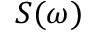
S ( \omega )